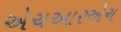
એચઆરએચ